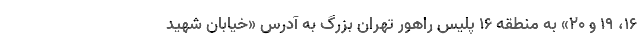
۱۶، ۱۹ و ۲۰» به منطقه ۱۶ پلیس راهور تهران بزرگ به آدرس «خیابان شهید